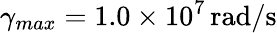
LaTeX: \gamma_{max}=1.0\times 10^{7}\, \mathrm{rad/s}